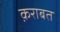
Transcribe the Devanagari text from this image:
क़राबत